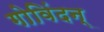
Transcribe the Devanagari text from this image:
गोविंदन्